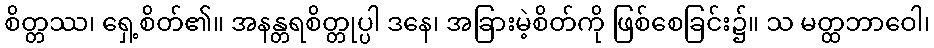
စိတ္တဿ၊ ရှေ့စိတ်၏။ အနန္တရစိတ္တုပ္ပါ ဒနေ၊ အခြားမဲ့စိတ်ကို ဖြစ်စေခြင်း၌။ သ မတ္ထဘာဝေါ၊